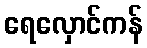
ရေလှောင်ကန်